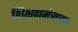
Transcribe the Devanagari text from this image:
शिक्षणमंत्रालय